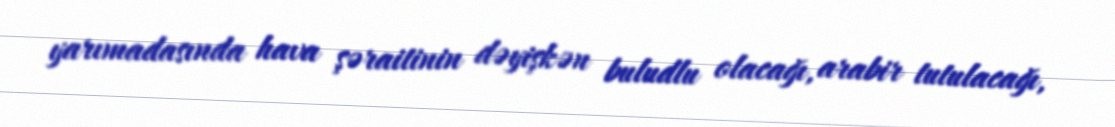
yarımadasında hava şəraitinin dəyişkən buludlu olacağı, arabir tutulacağı,